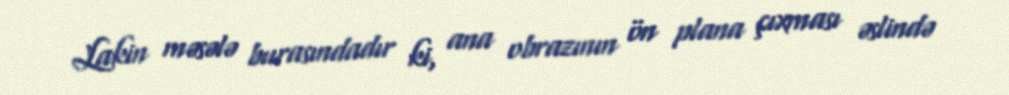
Lakin məsələ burasındadır ki, ana obrazının ön plana çıxması əslində